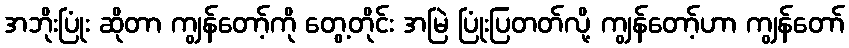
အဘိုးပြုံး ဆိုတာ ကျွန်တော့်ကို တွေ့တိုင်း အမြဲ ပြုံးပြတတ်လို့ ကျွန်တော့်ဟာ ကျွန်တော်